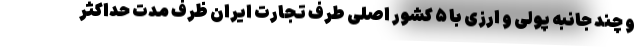
و چند جانبه پولی و ارزی با ۵ کشور اصلی طرف تجارت ایران ظرف مدت حداکثر